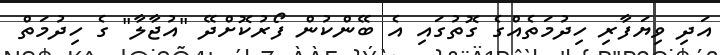
އަދި ވިޔަފާރި ހިދުމަތެއްގެ ގޮތުގައި އެ ބޭންކުން ފޯރުކޮށްދޭ "އުޖާލާ" ގެ ހިދުމަތް